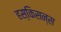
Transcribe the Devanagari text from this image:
हस्किसन्स